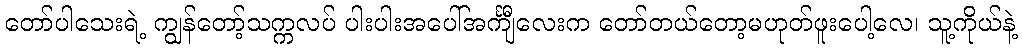
တော်ပါသေးရဲ့ ကျွန်တော့်သက္ကလပ် ပါးပါးအပေါ်အင်္ကျီလေးက တော်တယ်တော့မဟုတ်ဖူးပေါ့လေ၊ သူ့ကိုယ်နဲ့